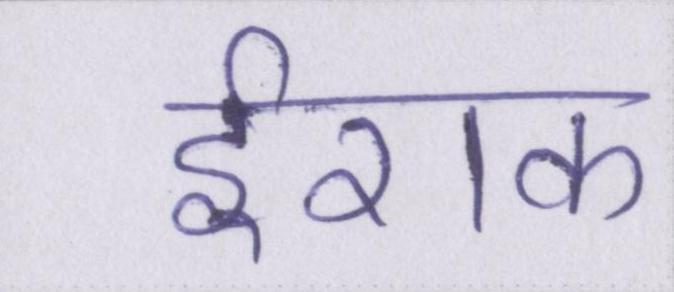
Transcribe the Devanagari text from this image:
ईराक